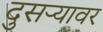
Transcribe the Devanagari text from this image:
दुसर्‍यावर